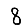
Digit: 8